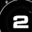
Digit: 2